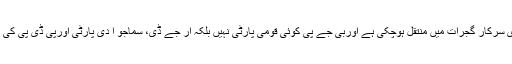
بی جے پی اور مرکزی حکومت کی سرگرمیوں کو دیکھ کر محسوس ہوتا ہے کہ اس وقت ساری مرکزی سرکار گجرات میں منتقل ہوچکی ہے اوربی جے پی کوئی قومی پارٹی نہیں بلکہ آر جے ڈی، سماجو ا دی پارٹی اورپی ڈی پی کی طرح گجرات کی ایک مقامی جماعت ہے، لہذاکسی بھی صورت میں اسے گجرات کا میدان فتح کرنا ہے۔